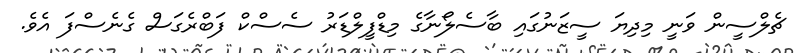
ޗެލްސީން ވަނީ މިދިޔަ ސީޒަނުގައި ބާސެލޯނާގެ މިޑްފީލްޑަރު ސެސްކް ފަބްރެގަސް ގެނެސްފަ އެވެ.